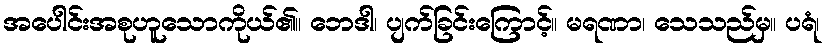
အပေါင်းအစုဟူသောကိုယ်၏။ ဘေဒါ၊ ပျက်ခြင်းကြောင့်။ မရဏာ၊ သေသည်မှ။ ပရံ၊